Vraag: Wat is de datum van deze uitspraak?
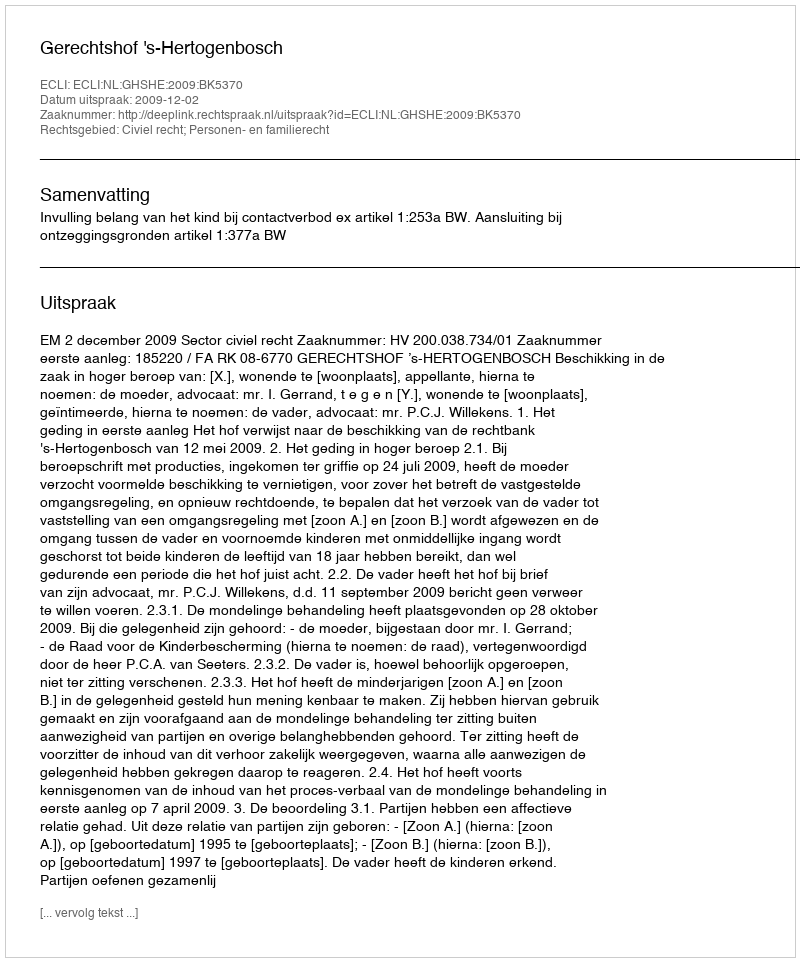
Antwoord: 2009-12-02